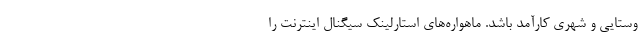
وستایی و شهری کارآمد باشد. ماهواره‌های استارلینک سیگنال اینترنت را